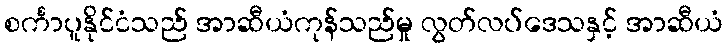
စင်္ကာပူနိုင်ငံသည် အာဆီယံကုန်သည်မှု လွတ်လပ်ဒေသနှင့် အာဆီယံ